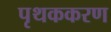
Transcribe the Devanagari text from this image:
पृथककरण